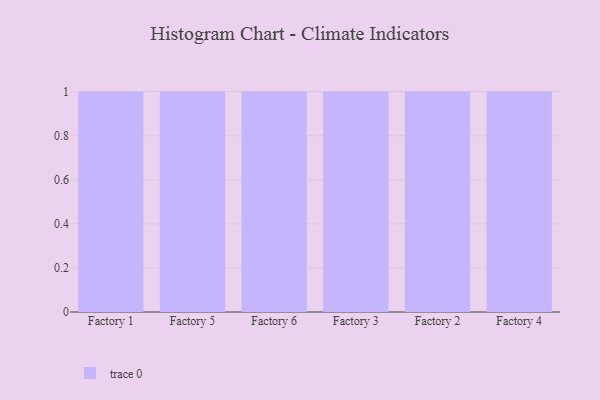
{"axis": {"x": "Factory", "y": "Temperature (°C)"}, "legend": [""], "data": [{"x": "Factory 1", "y": 96, "type": ""}, {"x": "Factory 5", "y": 51, "type": ""}, {"x": "Factory 6", "y": 24, "type": ""}, {"x": "Factory 3", "y": 36, "type": ""}, {"x": "Factory 2", "y": 86, "type": ""}, {"x": "Factory 4", "y": 18, "type": ""}]}